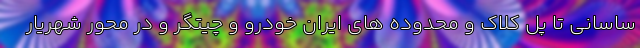
ساسانی تا پل کلاک و محدوده های ایران خودرو و چیتگر و در محور شهریار